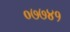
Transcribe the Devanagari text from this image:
०७७४१